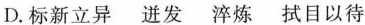
D.标新立异 迸发 淬炼 拭目以待